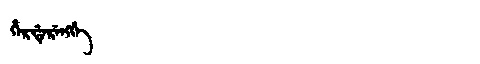
Manchu: ᡥᡝᡵᡩᡝᡵᡝᠩᡤᡝ
Romanization: HERDERENGGE